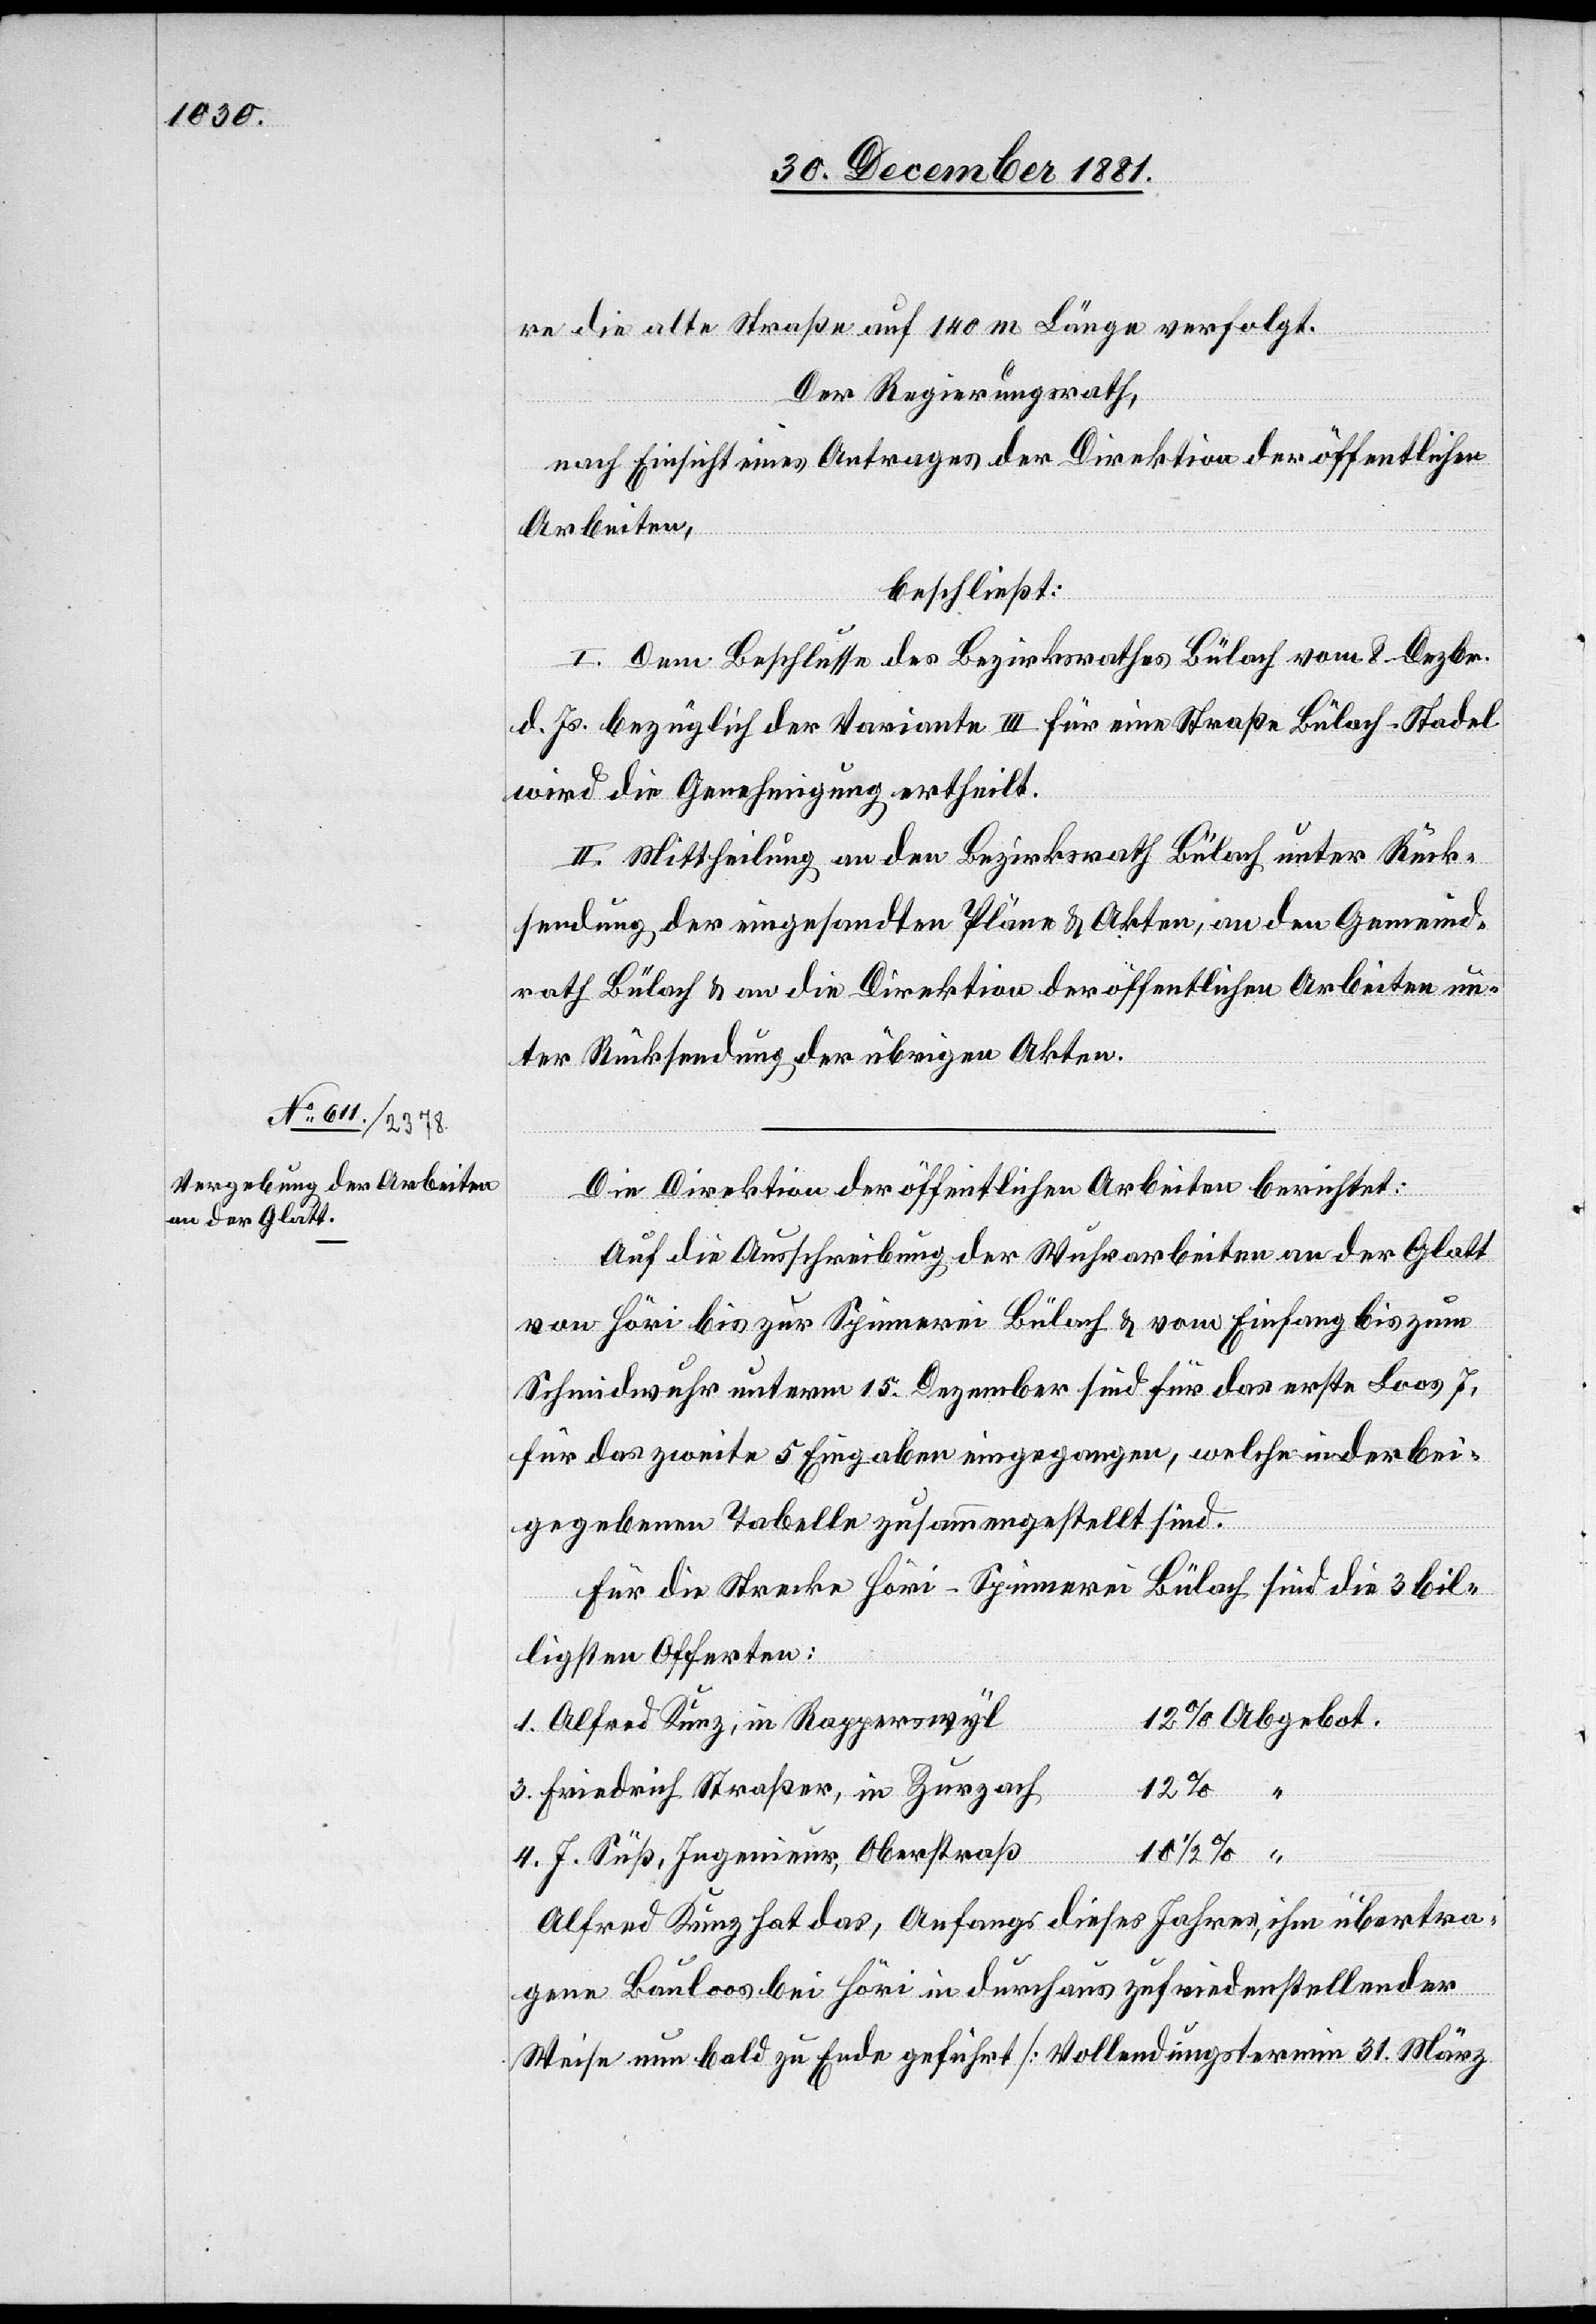
re die alte Straße auf 140 m Länge verfolgt.
Der Regierungsrath,
nach Einsicht eines Antrages der Direktion der öffentlichen
Arbeiten,
beschließt:
I. Dem Beschlusse des Bezirksrathes Bülach vom 8. Dezbr.
d. Js. bezüglich der Variante III für eine Straße Bülach–Stadel
wird die Genehmigung ertheilt.
II. Mittheilung an den Bezirksrath Bülach unter Rück¬
sendung der eingesandten Pläne & Akten, an den Gemeind¬
rath Bülach & an die Direktion der öffentlichen Arbeiten un¬
ter Rücksendung der übrigen Akten.
Die Direktion der öffentlichen Arbeiten berichtet:
Auf die Ausschreibung der Wuhrarbeiten an der Glatt
von Höri bis zur Spinnerei Bülach & vom Einfang bis zum
Schmidwuhr unterm 15. Dezember sind für das erste Loos 7,
für das zweite 5 Eingaben eingegangen, welche in der bei¬
gegebenen Tabelle zusammengestellt sind.
Für die Strecke Höri–Spinnerei Bülach sind die 3 bil¬
ligsten Offerten:
1. Alfred Kunz, in Rapperswyl
3. Friedrich Straßer, in Zurzach
10 1/2 %
3. J. Suß, Ingenieur, Oberstraß
Abgebot.
Alfred Kunz hat hat das, Anfangs dieses Jahres, ihm übertra¬
gene Bauloos bei Höri in durchaus zufriedenstellender
Weise nun bald zu Ende geführt [Vollendungstermin 31. März